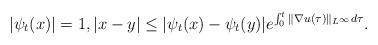
LaTeX: \begin{align*}|\psi_t(x)|=1, |x-y|\leq |\psi_t(x)-\psi_t(y)|e^{\int_0^t\|\nabla u(\tau)\|_{L^\infty}{d\tau}}.\end{align*}